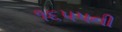
૧૬૫૫ની